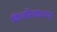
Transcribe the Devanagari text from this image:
किर्लोस्करच्या